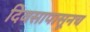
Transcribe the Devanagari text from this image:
दिवसापासूनच